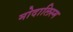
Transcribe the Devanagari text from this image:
मोदालिस्म